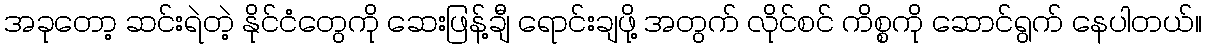
အခုတော့ ဆင်းရဲတဲ့ နိုင်ငံတွေကို ဆေးဖြန့်ချီ ရောင်းချဖို့ အတွက် လိုင်စင် ကိစ္စကို ဆောင်ရွက် နေပါတယ်။